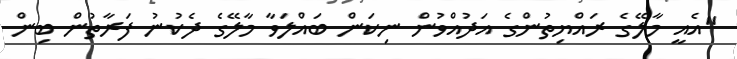
"އެއީ މާލޭގެ ރައްޔިތުންގެ އަދުއްވުން ނިކަން ބައްލަވާ މާލޭގެ ދެކުނު ފަރާތުން ބިން